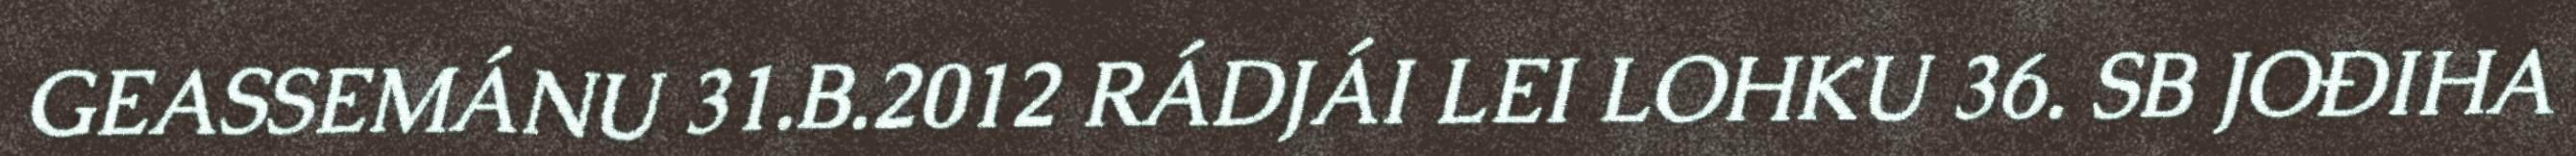
GEASSEMÁNU 31.B.2012 RÁDJÁI LEI LOHKU 36. SB JOĐIHA